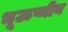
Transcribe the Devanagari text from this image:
भूऊष्मीय